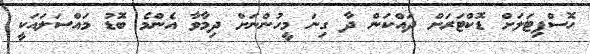
ހޮސްޕިޓަލަށް ޑޮކްޓަރަށް ދައްކަން ދާ ގިނަ މީހުންނަށް ދިމާވާ އެންމެ ބޮޑު މައްސަލައަކީ